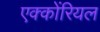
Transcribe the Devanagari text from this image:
एक्कोंरियल